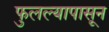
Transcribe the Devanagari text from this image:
फुलल्यापासून